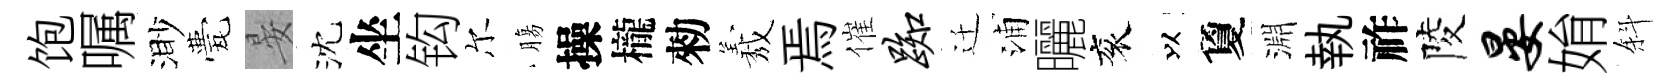
饱嘱渺甍晏沈坐钩尔膓操櫳勑𦏁焉催踟迁浦曬衮以夐淵執祚陵晏姢斜